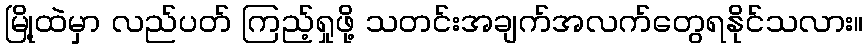
မြို့ထဲမှာ လည်ပတ် ကြည့်ရှုဖို့ သတင်းအချက်အလက်တွေရနိုင်သလား။